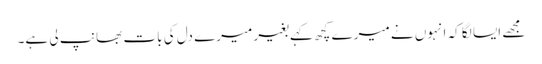
مجھے ایسا لگا کہ انہوں نے میرے کچھ کہے بغیر میرے دل کی بات بھانپ لی ہے۔